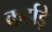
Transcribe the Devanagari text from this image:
कर्हाड़े